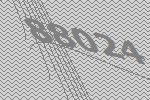
88024